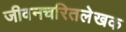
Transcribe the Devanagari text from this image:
जीवनचरितलेखक